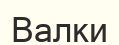
Валки